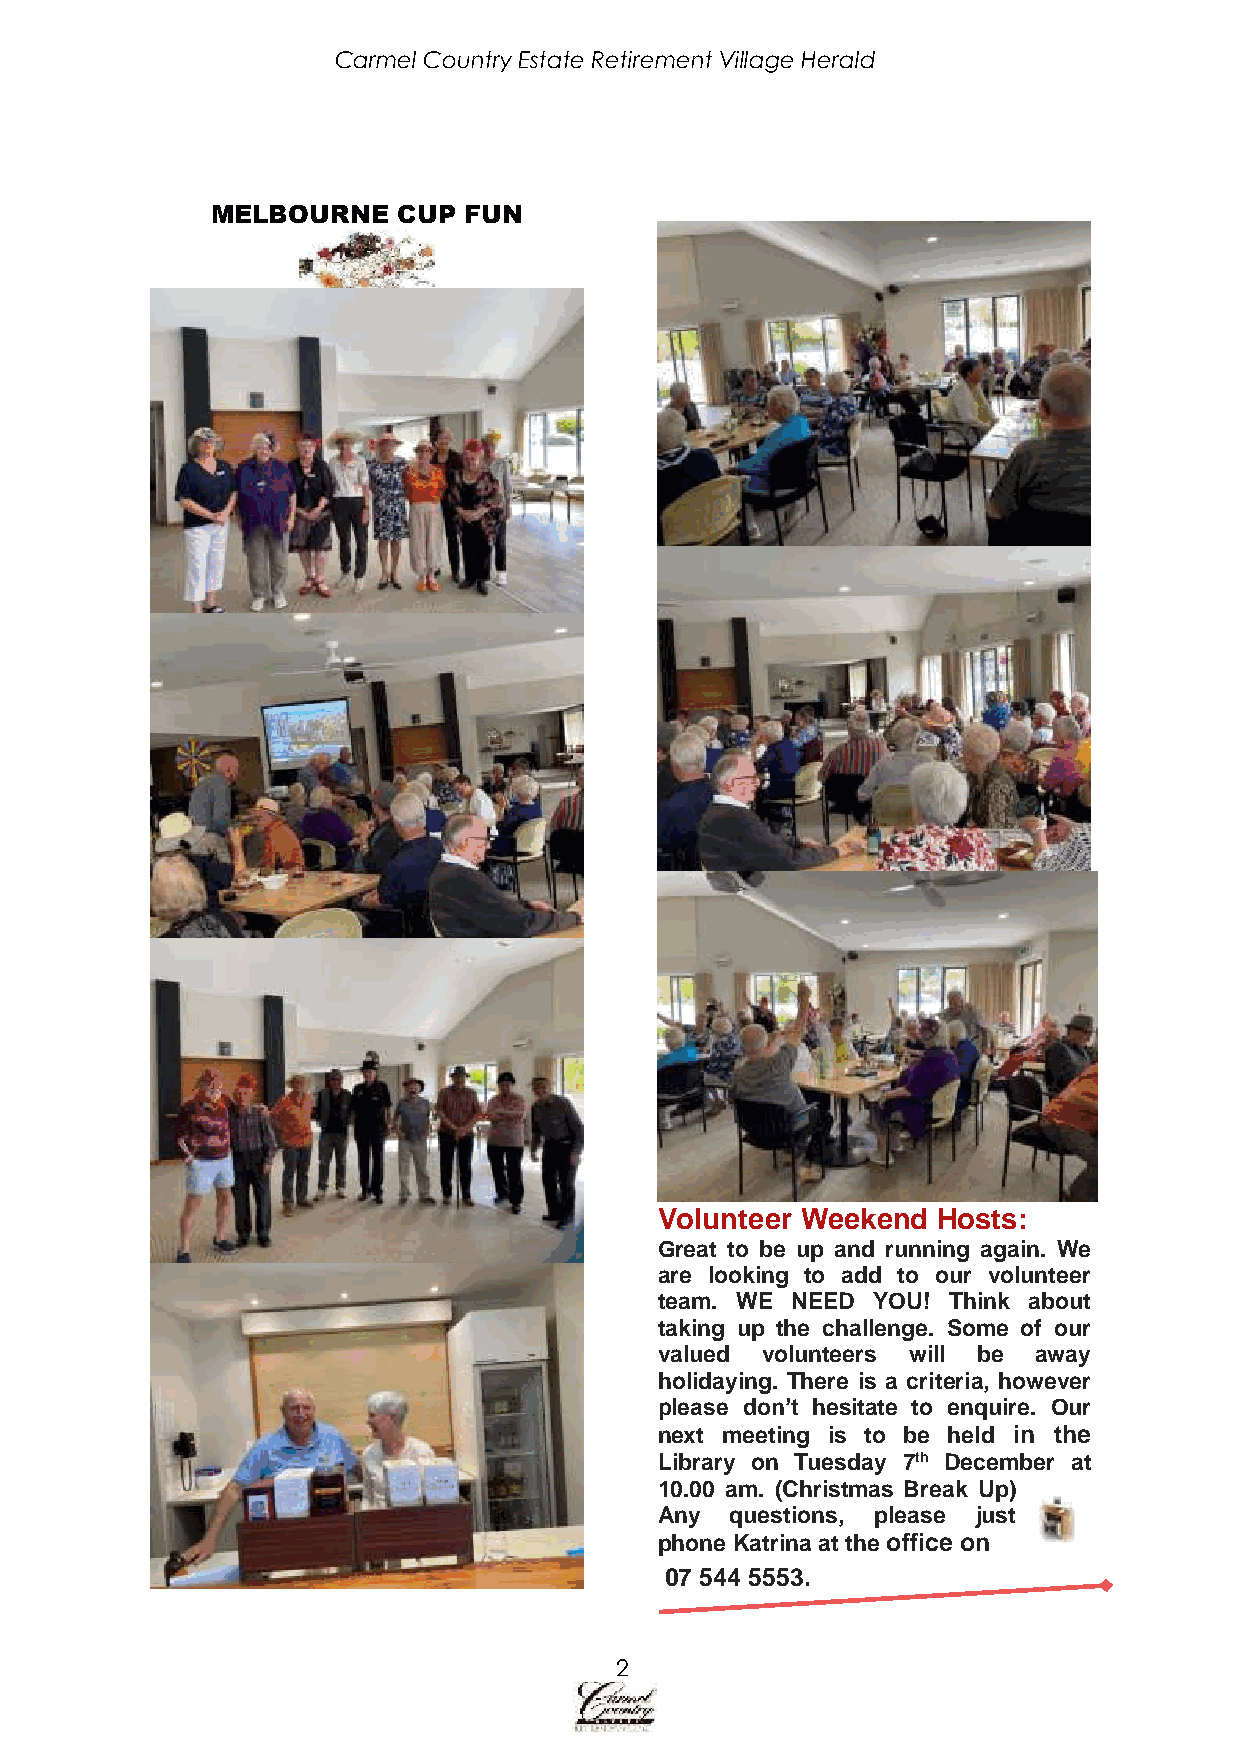
Carmel Country Estate Retirement Village Herald
 MELBOURNE   CUP  FUN
 Volunteer Weekend Hosts:
 Great to be up and running again. We
 are looking to add to our volunteer
 team. WE NEED YOU! Think about
 taking up the challenge. Some of our
 valued volunteers will be away
 holidaying. There is a criteria, however
 please don’t hesitate to enquire. Our
 next meeting is to be held in the
 Library on Tuesday 7th December at
 10.00 am. (Christmas Break Up)
 Any questions, please just
 phone Katrina at the office on
 07 544 5553.
 2